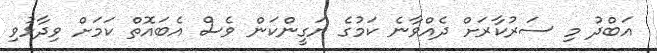
އަބްދު މި ސަރުކާރަށް ދެއްވާނެ ކަމުގެ ޔަގީންކަން ވެސް އެބައޮތް ކަމަށް ވިދާޅުވި